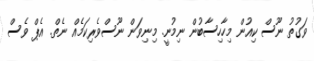
ވަގުތު ނޫސް ކިއުން މިހާހިސާބުން ނިމުނީ. މިނިވަން ނޫސްވެރިކަމެއް ނެތް. އެޕް ވެސް